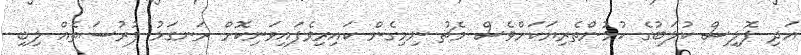
އަދި ޕޮލިސް ކުލަބުގެ ކުޅުންތެރިޔަކަށްވެސް މެޗު ނިމިގެން ކައިރިވެފައިވަނިކޮށް ރަނގަޅު ފުރުސަތެއް ލިބި